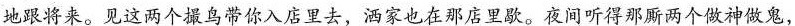
地跟将来。见这两个撮鸟带你入店里去，洒家也在那店里歇。夜间听得那厮两个做神做鬼，